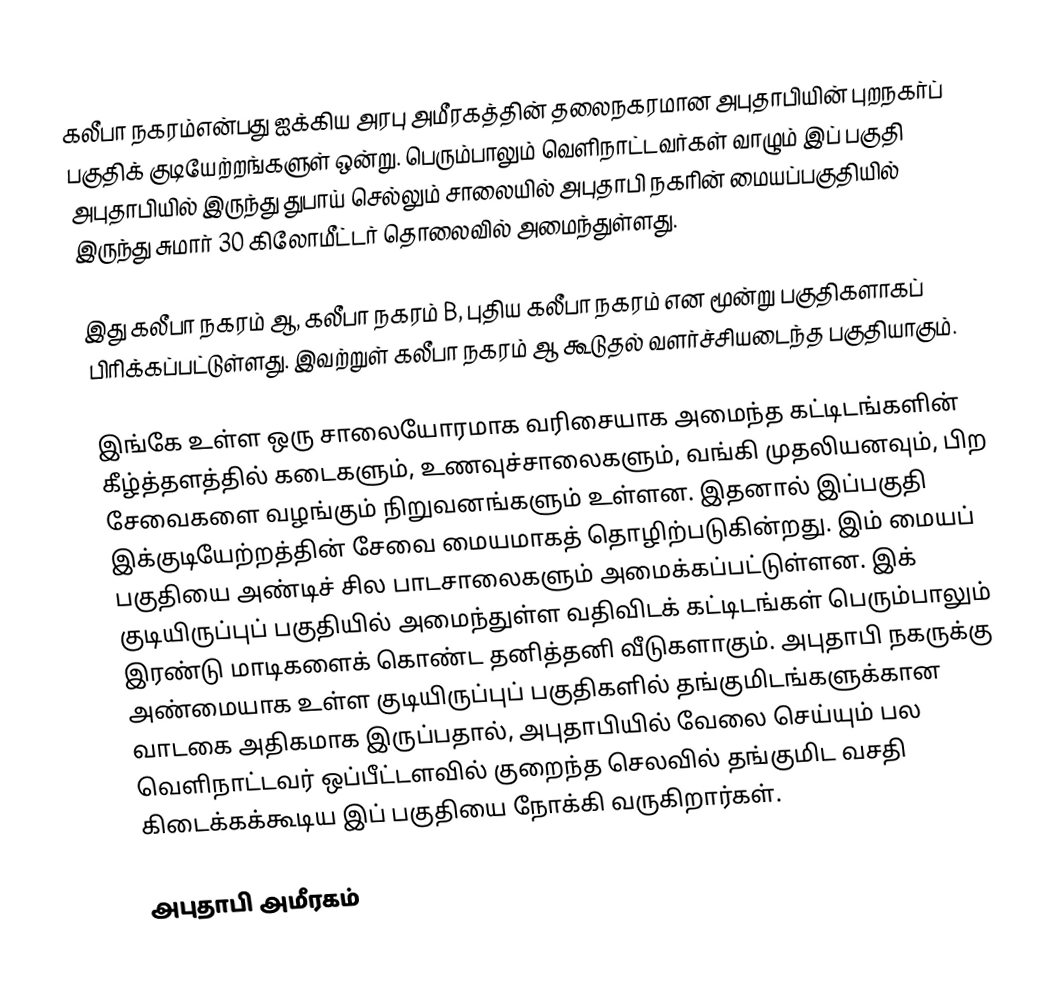
கலீபா நகரம்என்பது ஐக்கிய அரபு அமீரகத்தின் தலைநகரமான அபுதாபியின் புறநகர்ப் பகுதிக் குடியேற்றங்களுள் ஒன்று. பெரும்பாலும் வெளிநாட்டவர்கள் வாழும் இப் பகுதி அபுதாபியில் இருந்து துபாய் செல்லும் சாலையில் அபுதாபி நகரின் மையப்பகுதியில் இருந்து சுமார் 30 கிலோமீட்டர் தொலைவில் அமைந்துள்ளது.

இது கலீபா நகரம் ஆ, கலீபா நகரம் B, புதிய கலீபா நகரம் என மூன்று பகுதிகளாகப் பிரிக்கப்பட்டுள்ளது. இவற்றுள் கலீபா நகரம் ஆ கூடுதல் வளர்ச்சியடைந்த பகுதியாகும்.

இங்கே உள்ள ஒரு சாலையோரமாக வரிசையாக அமைந்த கட்டிடங்களின் கீழ்த்தளத்தில் கடைகளும், உணவுச்சாலைகளும், வங்கி முதலியனவும், பிற சேவைகளை வழங்கும் நிறுவனங்களும் உள்ளன. இதனால் இப்பகுதி இக்குடியேற்றத்தின் சேவை மையமாகத் தொழிற்படுகின்றது. இம் மையப் பகுதியை அண்டிச் சில பாடசாலைகளும் அமைக்கப்பட்டுள்ளன. இக் குடியிருப்புப் பகுதியில் அமைந்துள்ள வதிவிடக் கட்டிடங்கள் பெரும்பாலும் இரண்டு மாடிகளைக் கொண்ட தனித்தனி வீடுகளாகும். அபுதாபி நகருக்கு அண்மையாக உள்ள குடியிருப்புப் பகுதிகளில் தங்குமிடங்களுக்கான வாடகை அதிகமாக இருப்பதால், அபுதாபியில் வேலை செய்யும் பல வெளிநாட்டவர் ஒப்பீட்டளவில் குறைந்த செலவில் தங்குமிட வசதி கிடைக்கக்கூடிய இப் பகுதியை நோக்கி வருகிறார்கள்.

அபுதாபி அமீரகம்